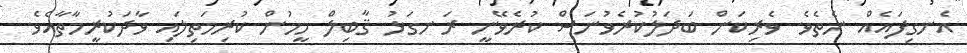
އެނގިފައެއް ނެތެވެ. ވެރިކަން ބަދަލުކުރެވުނަސް ކުރެވޭނީ ރަނގަޅު ޤާބިލް މީހުން ކުރިމަތިލައި ވާދަކުރީމާތާއެވެ.